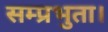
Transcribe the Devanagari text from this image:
सम्प्रभुता।